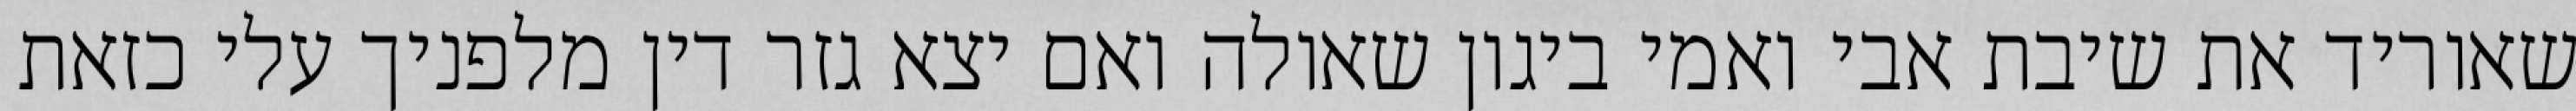
שאוריד את שיבת אבי ואמי ביגון שאולה ואם יצא גזר דין מלפניך עלי כזאת